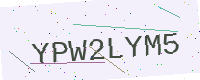
Text: YPW2LYM5